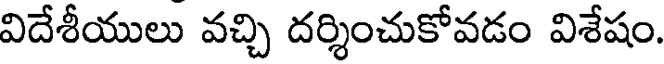
విదేశీయులు వచ్చి దర్శించుకోవడం విశేషం.